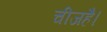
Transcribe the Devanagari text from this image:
चीजहै।